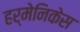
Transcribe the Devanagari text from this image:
हर्मेनिकेस